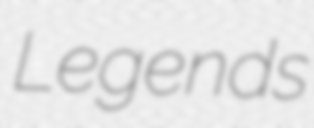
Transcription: Legends